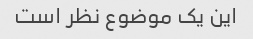
این یک موضوع نظر است